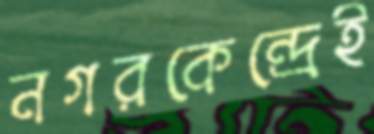
নগরকেন্দ্রেই